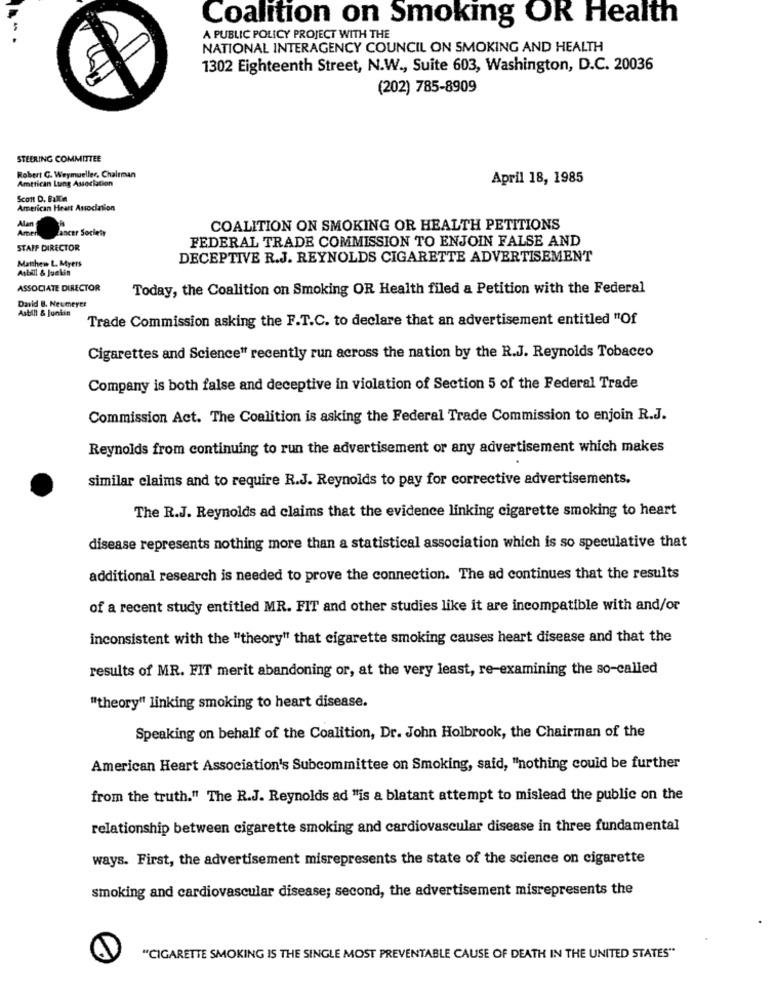
Coalition on Smoking OR Health
A PUBLIC POLICY PROJECT WITH THE
NATIONAL INTERAGENCY COUNCIL ON SMOKING AND HEALTH
1302 Eighteenth Street, N.W ., Suite 603, Washington, D.C. 20036
(202) 785-8909
STEERING COMMITTEE
Robert G. Weymueller, Chairman
Amttican Lung Association
April 18, 1985
Scott D. Falta
American Heart Association
Alan
Amen
COALITION ON SMOKING OR HEALTH PETITIONS
Cancer Society
FEDERAL TRADE COMMISSION TO ENJOIN FALSE AND
STAFF DIRECTOR
Matthew L. Myers
DECEPTIVE R.J. REYNOLDS CIGARETTE ADVERTISEMENT
Astill & Juelin
ASSOCIATE DIRECTOR
Today, the Coalition on Smoking OR Health filed a Petition with the Federal
David B. Neumeyer
Astill & Junkin
Trade Commission asking the F.T.C. to declare that an advertisement entitled "Of
Cigarettes and Science" recently run across the nation by the R.J. Reynolds Tobacco
Company is both false and deceptive in violation of Section 5 of the Federal Trade
Commission Act. The Coalition is asking the Federal Trade Commission to enjoin R.J.
Reynolds from continuing to run the advertisement or any advertisement which makes
similar claims and to require R.J. Reynolds to pay for corrective advertisements.
The R.J. Reynolds ad claims that the evidence linking cigarette smoking to heart
disease represents nothing more than a statistical association which is so speculative that
additional research is needed to prove the connection. The ad continues that the results
of a recent study entitled MR. FIT and other studies like it are incompatible with and/or
inconsistent with the "theory" that cigarette smoking causes heart disease and that the
results of MR. FIT merit abandoning or, at the very least, re-examining the so-called
"theory" linking smoking to heart disease.
Speaking on behalf of the Coalition, Dr. John Holbrook, the Chairman of the
American Heart Association's Subcommittee on Smoking, said, "nothing could be further
from the truth." The R.J. Reynolds ad "is a blatant attempt to mislead the public on the
relationship between cigarette smoking and cardiovascular disease in three fundamental
ways. First, the advertisement misrepresents the state of the science on cigarette
smoking and cardiovascular disease; second, the advertisement misrepresents the
"CIGARETTE SMOKING IS THE SINGLE MOST PREVENTABLE CAUSE OF DEATH IN THE UNITED STATES"